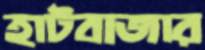
হাটবাজার